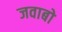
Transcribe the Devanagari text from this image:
जवाबो